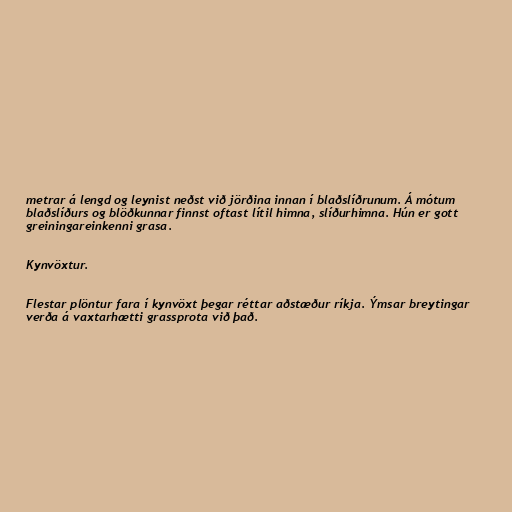
metrar á lengd og leynist neðst við jörðina innan í blaðslíðrunum. Á mótum
blaðslíðurs og blöðkunnar finnst oftast lítil himna, slíðurhimna. Hún er gott
greiningareinkenni grasa.

Kynvöxtur.

Flestar plöntur fara í kynvöxt þegar réttar aðstæður ríkja. Ýmsar breytingar
verða á vaxtarhætti grassprota við það.